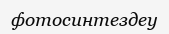
фотосинтездеу